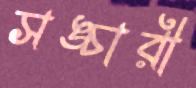
সঙ্চারী